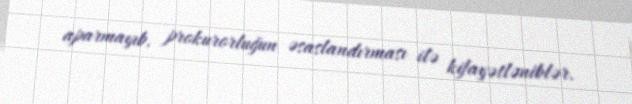
aparmayıb, prokurorluğun əsaslandırması ilə kifayətləniblər.